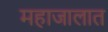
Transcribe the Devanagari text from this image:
महाजालात